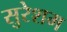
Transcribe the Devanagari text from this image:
सुरेशम